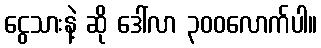
ငွေသားနဲ့ ဆို ဒေါ်လာ ၃၀၀လောက်ပါ။